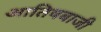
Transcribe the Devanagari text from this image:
आतिषबाजी